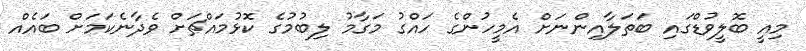
މިއީ ބޮލީވުޑްގައި ބަތަލާއިންނަށް އެމީހުންގެ ހައްގު މަގާމު ލިބުމުގެ ކޮޅުމައްޗަށް ވެދާނެކަމަށް ބައެއް